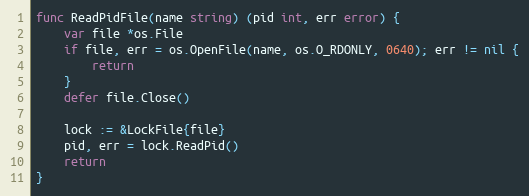
Language: Go
func ReadPidFile(name string) (pid int, err error) {
	var file *os.File
	if file, err = os.OpenFile(name, os.O_RDONLY, 0640); err != nil {
		return
	}
	defer file.Close()

	lock := &LockFile{file}
	pid, err = lock.ReadPid()
	return
}